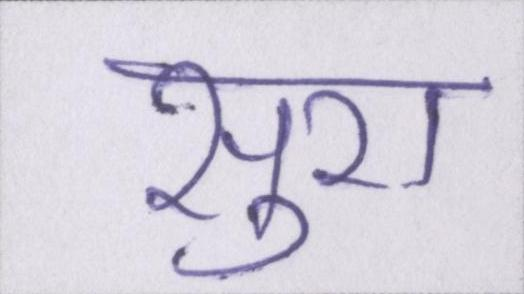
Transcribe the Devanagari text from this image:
सुरा